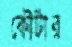
কৌটার